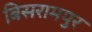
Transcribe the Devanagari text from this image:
बिसरामपुर